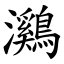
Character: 鸂